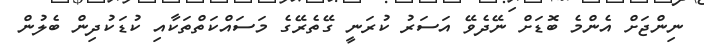
ނިންޖަށް އެންމެ ބޮޑަށް ނޭދެވޭ އަސަރު ކުރަނީ ގޭތެރޭގެ މަސައްކަތްތަކާއި ކުޑަކުދިން ބެލުން